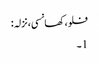
فلو، کھانسی، نزلہ :
1۔